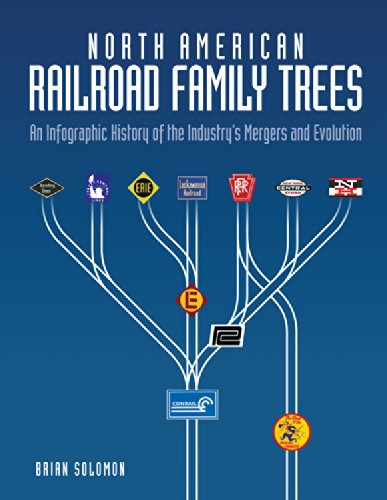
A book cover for North American Railroad Family Trees: An Infographic History of the Industry's Mergers and Evolution; Brian Solomon; Engineering & Transportation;